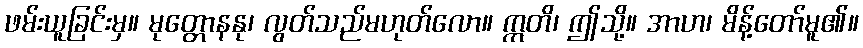
ဖမ်းယူခြင်းမှ။ မုတ္တောနနု၊ လွတ်သည်မဟုတ်လော။ ဣတိ၊ ဤသို့။ အာဟ၊ မိန့်တော်မူ၏။